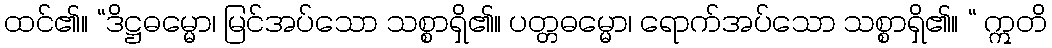
ထင်၏။ “ဒိဋ္ဌဓမ္မော၊ မြင်အပ်သော သစ္စာရှိ၏။ ပတ္တဓမ္မော၊ ရောက်အပ်သော သစ္စာရှိ၏။ “ ဣတိ